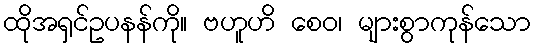
ထိုအရှင်ဥပနန်ကို။ ဗဟူဟိ စေဝ၊ များစွာကုန်သော